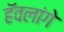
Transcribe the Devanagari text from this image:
हॅवलांगे